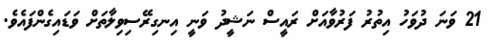
21 ވަނަ ދުވަހު އިތުރު ފަރުވާއަށް ރައީސް ނަޝީދު ވަނީ އިނގިރޭސިވިލާތަށް ވަޑައިގެންފައެވެ.